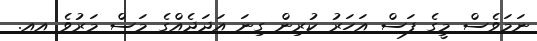
ނަމަވެސް މީގެ ފަސް އަހަރު ކުރިން ގިނަ އަދަދެއްގެ މަސް މަރުވެ އއ.